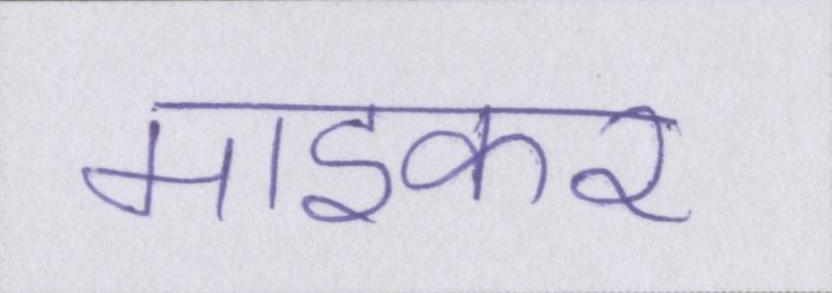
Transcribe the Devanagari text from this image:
माइकर